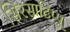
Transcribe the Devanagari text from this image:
सिरसाटिप्पू